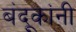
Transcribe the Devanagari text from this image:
बंदूकांनी